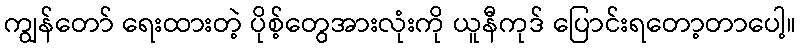
ကျွန်တော် ရေးထားတဲ့ ပိုစ့်တွေအားလုံးကို ယူနီကုဒ် ပြောင်းရတော့တာပေါ့။